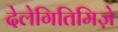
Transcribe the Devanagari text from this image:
देलेगितिमिज़े